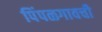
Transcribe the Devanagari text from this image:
पिंपळगावची